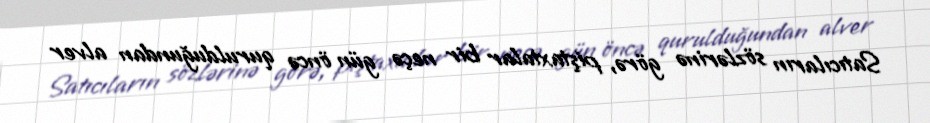
Satıcıların sözlərinə görə, piştaxtalar bir neçə gün öncə qurulduğundan alver